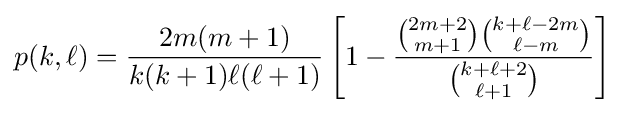
p(k,\ell )={\frac {2m(m+1)}{k(k+1)\ell (\ell +1)}}\left[1-{\frac {{\binom {2m+2}{m+1}}{\binom {k+\ell -2m}{\ell -m}}}{\binom {k+\ell +2}{\ell +1}}}\right]